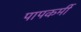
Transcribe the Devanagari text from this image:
पापकर्मी